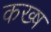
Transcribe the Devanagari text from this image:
कख्ष